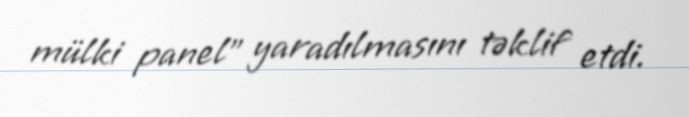
mülki panel" yaradılmasını təklif etdi.